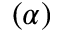
( \alpha )